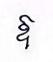
ឱ